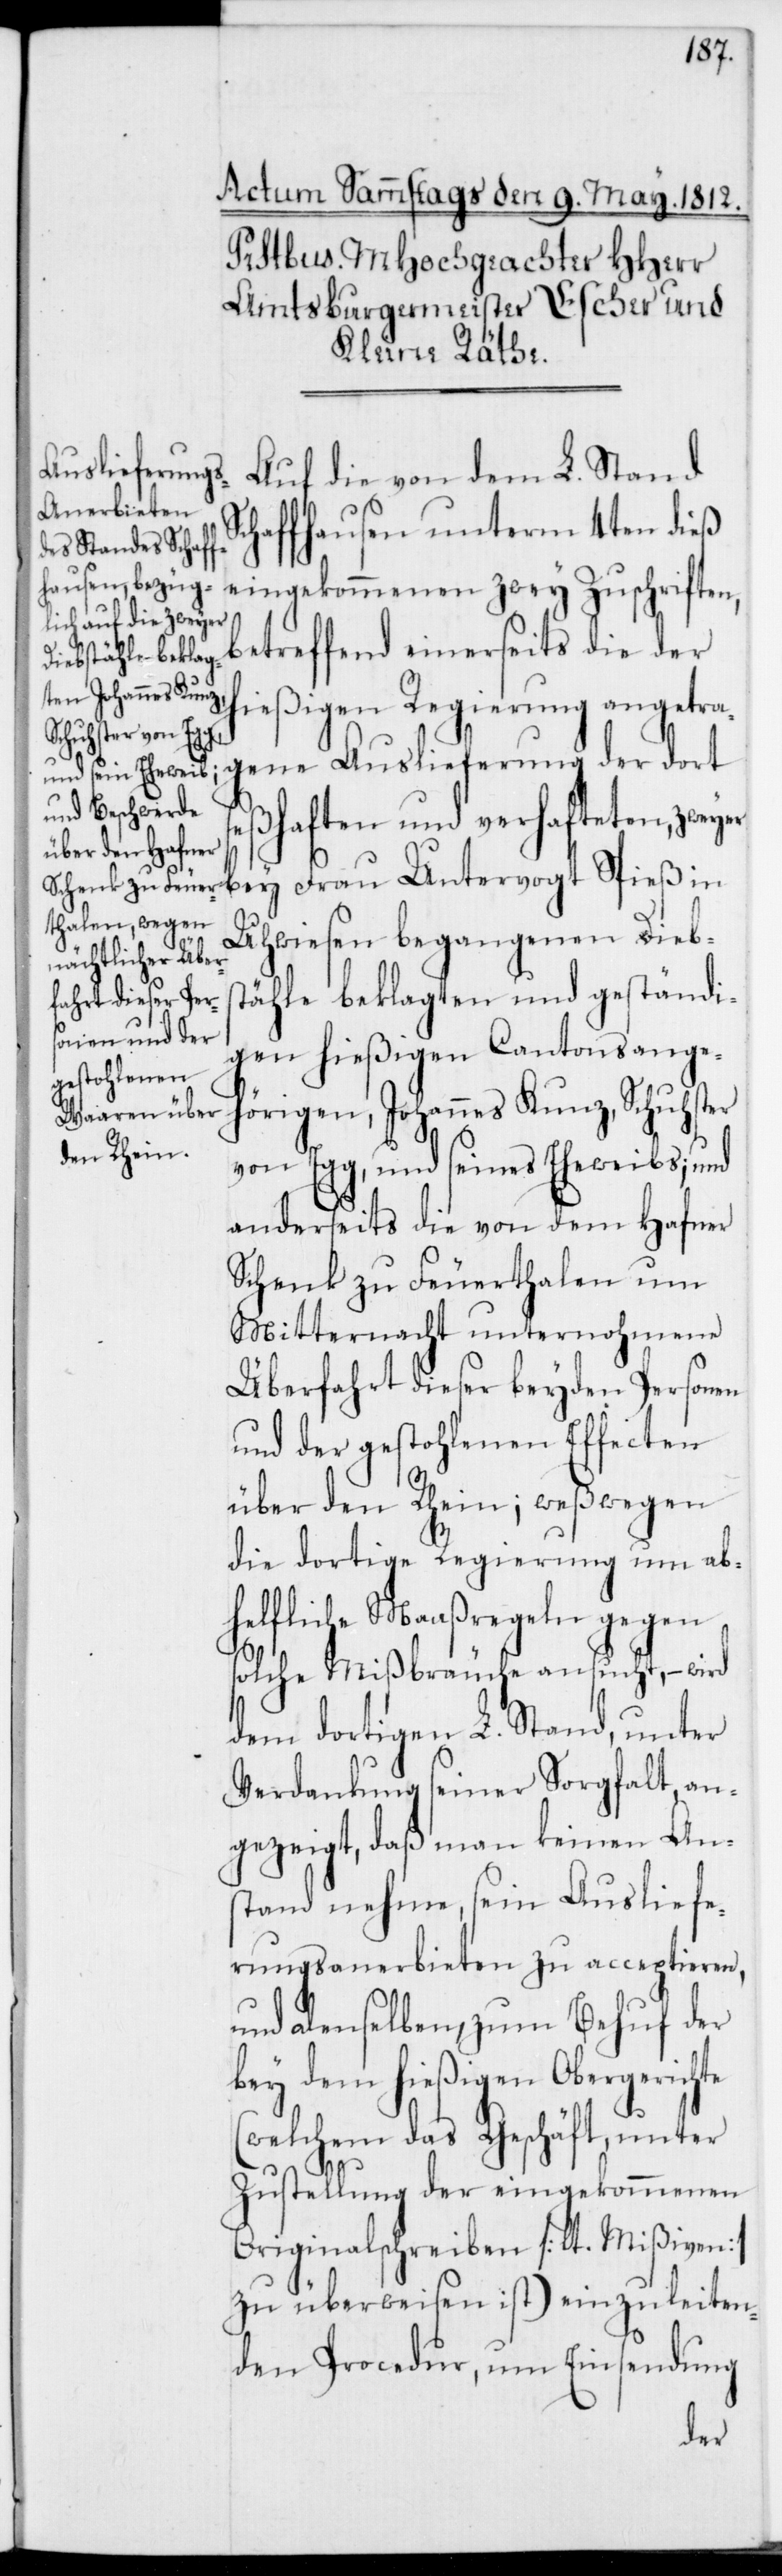
te

Auf die von dem L. Stand
Schaffhausen unterm 4ten dieß
eingekommenen zwey Zuschriften,
betreffend einerseits die der
hießigen Regierung angetra¬
gene Auslieferung der dort
seßhaften und verhafteten, zweyer
bey Frau Untervogt Spieß in
Uhwiesen begangenen Diebs¬
tähle beklagten und geständi¬
gen hießigen Cantonsange¬
hörigen, Johannes Kunz, Schuhster
von Egg, und seines Eheweibs; und
anderseits die von dem Hafner
Schenk zu Feuerthalen um
Mitternacht unternohmene
Überfahrt dieser beyden Personen
und der gestohlenen Effecten
über den Rhein; weßwegen
die dortige Regierung um ab¬
helfliche Maaßregeln gegen
solche Mißbräuche ansucht, – wird
dem dortigen L. Stand, unter
Verdankung seiner Sorgfalt, an¬
gezeigt, daß man keinen An¬
stand nehme, sein Ausliefe¬
rungsanerbieten zu acceptieren,
und denselben, zum Behuf der
bey dem hießigen Obergerich¬
(welchem das Geschäft, unter
Zustellung der eingekommenen
Originalschreiben [:lt. Mißiven:]
zu überweisen ist) einzuleiten¬
den Procedur, um Einsendung